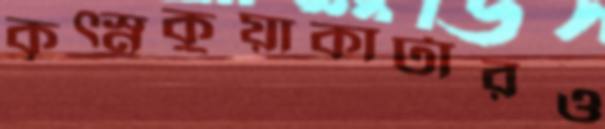
কৃত্স্নকুয়াকাটারও